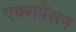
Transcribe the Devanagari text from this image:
एक्सपेंसन